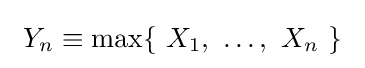
\ Y_{n}\equiv \max\{\ X_{1},\ \ldots ,\ X_{n}\ \}\